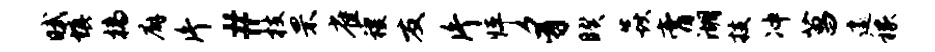
赋填槁廨片#枝罘雀稷友片怦豸睽焱膏湖技冲菖遽稼